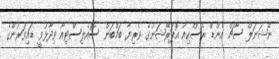
ނޭޝަނަލް ސާޗް އެންޑް ރެސްކިއު އޮޕަރޭޝަނުގެ ވެރިޔާ ބަމްބަން ސޮއެލިސްޓިއޯ ވިދާޅުވީ ޑައިވަރުންގެ